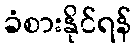
ခံစားနိုင်ရန်